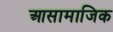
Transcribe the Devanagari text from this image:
आसामाजिक